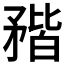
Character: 𥍾